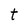
Character: t